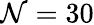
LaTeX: \mathcal{N}=30